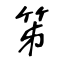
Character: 笫